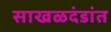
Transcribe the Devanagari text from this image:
साखळदंडांत